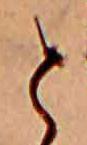
と